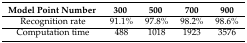
<table><thead><tr><td><b>Model Point Number</b></td><td><b>300</b></td><td><b>500</b></td><td><b>700</b></td><td><b>900</b></td></tr></thead><tbody><tr><td>Recognition rate</td><td>91.1%</td><td>97.8%</td><td>98.2%</td><td>98.6%</td></tr><tr><td>Computation time</td><td>488</td><td>1018</td><td>1923</td><td>3576</td></tr></tbody></table>